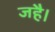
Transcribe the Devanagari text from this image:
जहै।